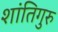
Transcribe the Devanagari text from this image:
शांतिगुरु